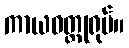
ကာယဝတ္ထုရုပ်။